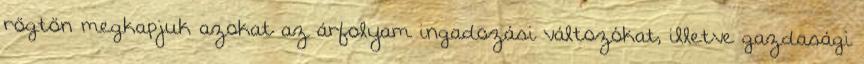
rögtön megkapjuk azokat az árfolyam ingadozási változókat, illetve gazdasági